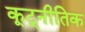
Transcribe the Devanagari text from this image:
कूट्नीतिक